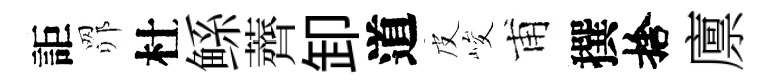
詎𦊑杜鲧薺卸道皮峻甫撰捨廪